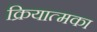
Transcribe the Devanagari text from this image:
क्रियात्मका